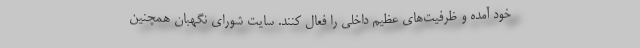
خود آمده و ظرفیت‌های عظیم داخلی را فعال کنند. سایت شورای نگهبان همچنین